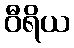
ဝီရိယ